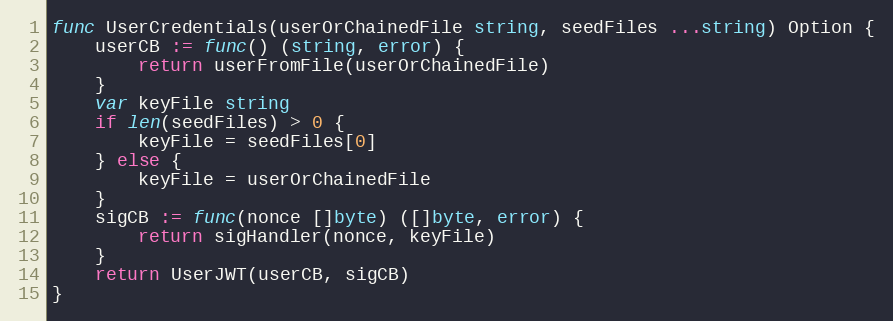
Language: Go
func UserCredentials(userOrChainedFile string, seedFiles ...string) Option {
	userCB := func() (string, error) {
		return userFromFile(userOrChainedFile)
	}
	var keyFile string
	if len(seedFiles) > 0 {
		keyFile = seedFiles[0]
	} else {
		keyFile = userOrChainedFile
	}
	sigCB := func(nonce []byte) ([]byte, error) {
		return sigHandler(nonce, keyFile)
	}
	return UserJWT(userCB, sigCB)
}